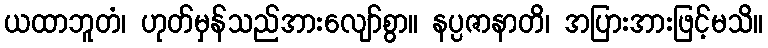
ယထာဘူတံ၊ ဟုတ်မှန်သည်အားလျော်စွာ။ နပ္ပဇာနာတိ၊ အပြားအားဖြင့်မသိ။